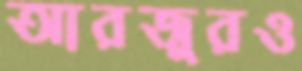
আরজুরও